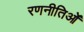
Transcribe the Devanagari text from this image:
रणनीतिओं